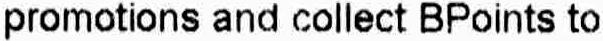
PROMOTIONS AND COLLECT BPOINTS TO